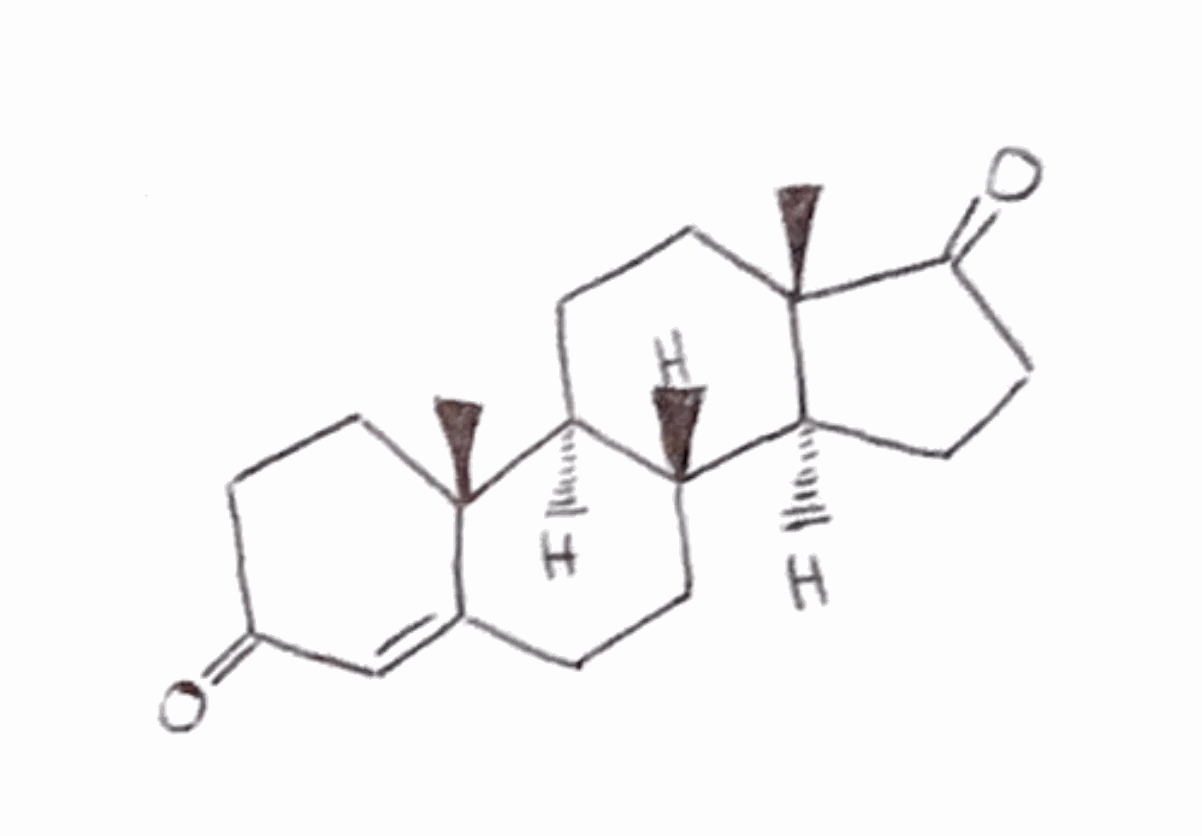
Simplified molecular-input line-entry system (SMILES) notation of the given molecule:
C[C@]12CCC(=O)C=C1CC[C@@H]3[C@@H]2CC[C@]4([C@H]3CCC4=O)C